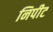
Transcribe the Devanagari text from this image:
निपीट